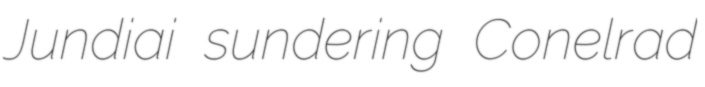
Jundiai sundering Conelrad